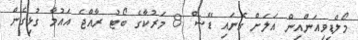
މޯލްޑިވިއަންއިން އަލަށް ގެނައި ޑޭޝް 8 މަރުކާގެ ބޯޓު ރާއްޖެ އައުމާ ގުޅިގެން